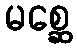
မစ္ဆေ